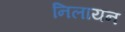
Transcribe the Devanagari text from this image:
निलायन